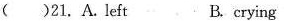
()21.A.left B.crying